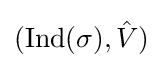
(\operatorname {Ind} (\sigma ),{\hat {V}})